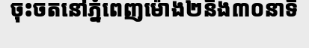
ចុះចតនៅភ្នំពេញម៉ោង២និង៣០នាទី